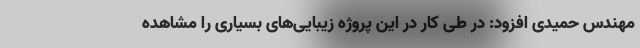
مهندس حمیدی افزود: در طی کار در این پروژه زیبایی‌های بسیاری را مشاهده